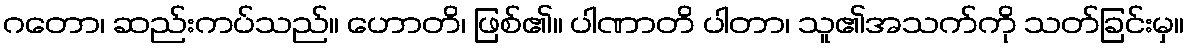
ဂတော၊ ဆည်းကပ်သည်။ ဟောတိ၊ ဖြစ်၏။ ပါဏာတိ ပါတာ၊ သူ၏အသက်ကို သတ်ခြင်းမှ။